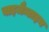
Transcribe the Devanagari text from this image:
बाइजैन्टाइन